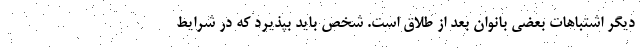
دیگر اشتباهات بعضی بانوان بعد از طلاق است. شخص باید بپذیرد که در شرایط